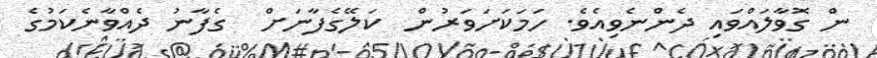
ން ގޮވާލައްވައި ދެންނެވިއެވެ. ހަމަކަށަވަރުން  ކަލޭގެފާނަށް  ގެފާނު ދެއްވާނެކަމުގެ